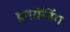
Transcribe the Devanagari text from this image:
इनग्रेविंग